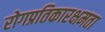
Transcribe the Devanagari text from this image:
रोगप्रतिकारक्षमता